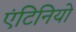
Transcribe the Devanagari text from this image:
एंटिनियो